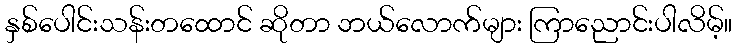
နှစ်ပေါင်းသန်းတထောင် ဆိုတာ ဘယ်လောက်များ ကြာညောင်းပါလိမ့်။